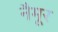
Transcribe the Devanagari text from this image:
नैमूर